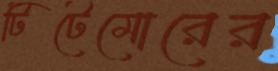
টিটেমোরের